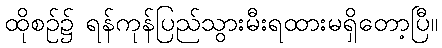
ထိုစဉ်၌ ရန်ကုန်ပြည်သွားမီးရထားမရှိတော့ပြီ။